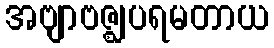
အဗျာဗဇ္ဈပရမတာယ